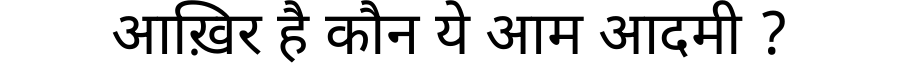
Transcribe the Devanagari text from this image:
आख़िर है कौन ये आम आदमी ?